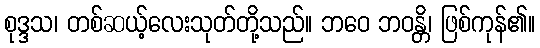
စုဒ္ဒသ၊ တစ်ဆယ့်လေးသုတ်တို့သည်။ ဘဝေ ဘဝန္တိ၊ ဖြစ်ကုန်၏။